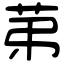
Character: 苐